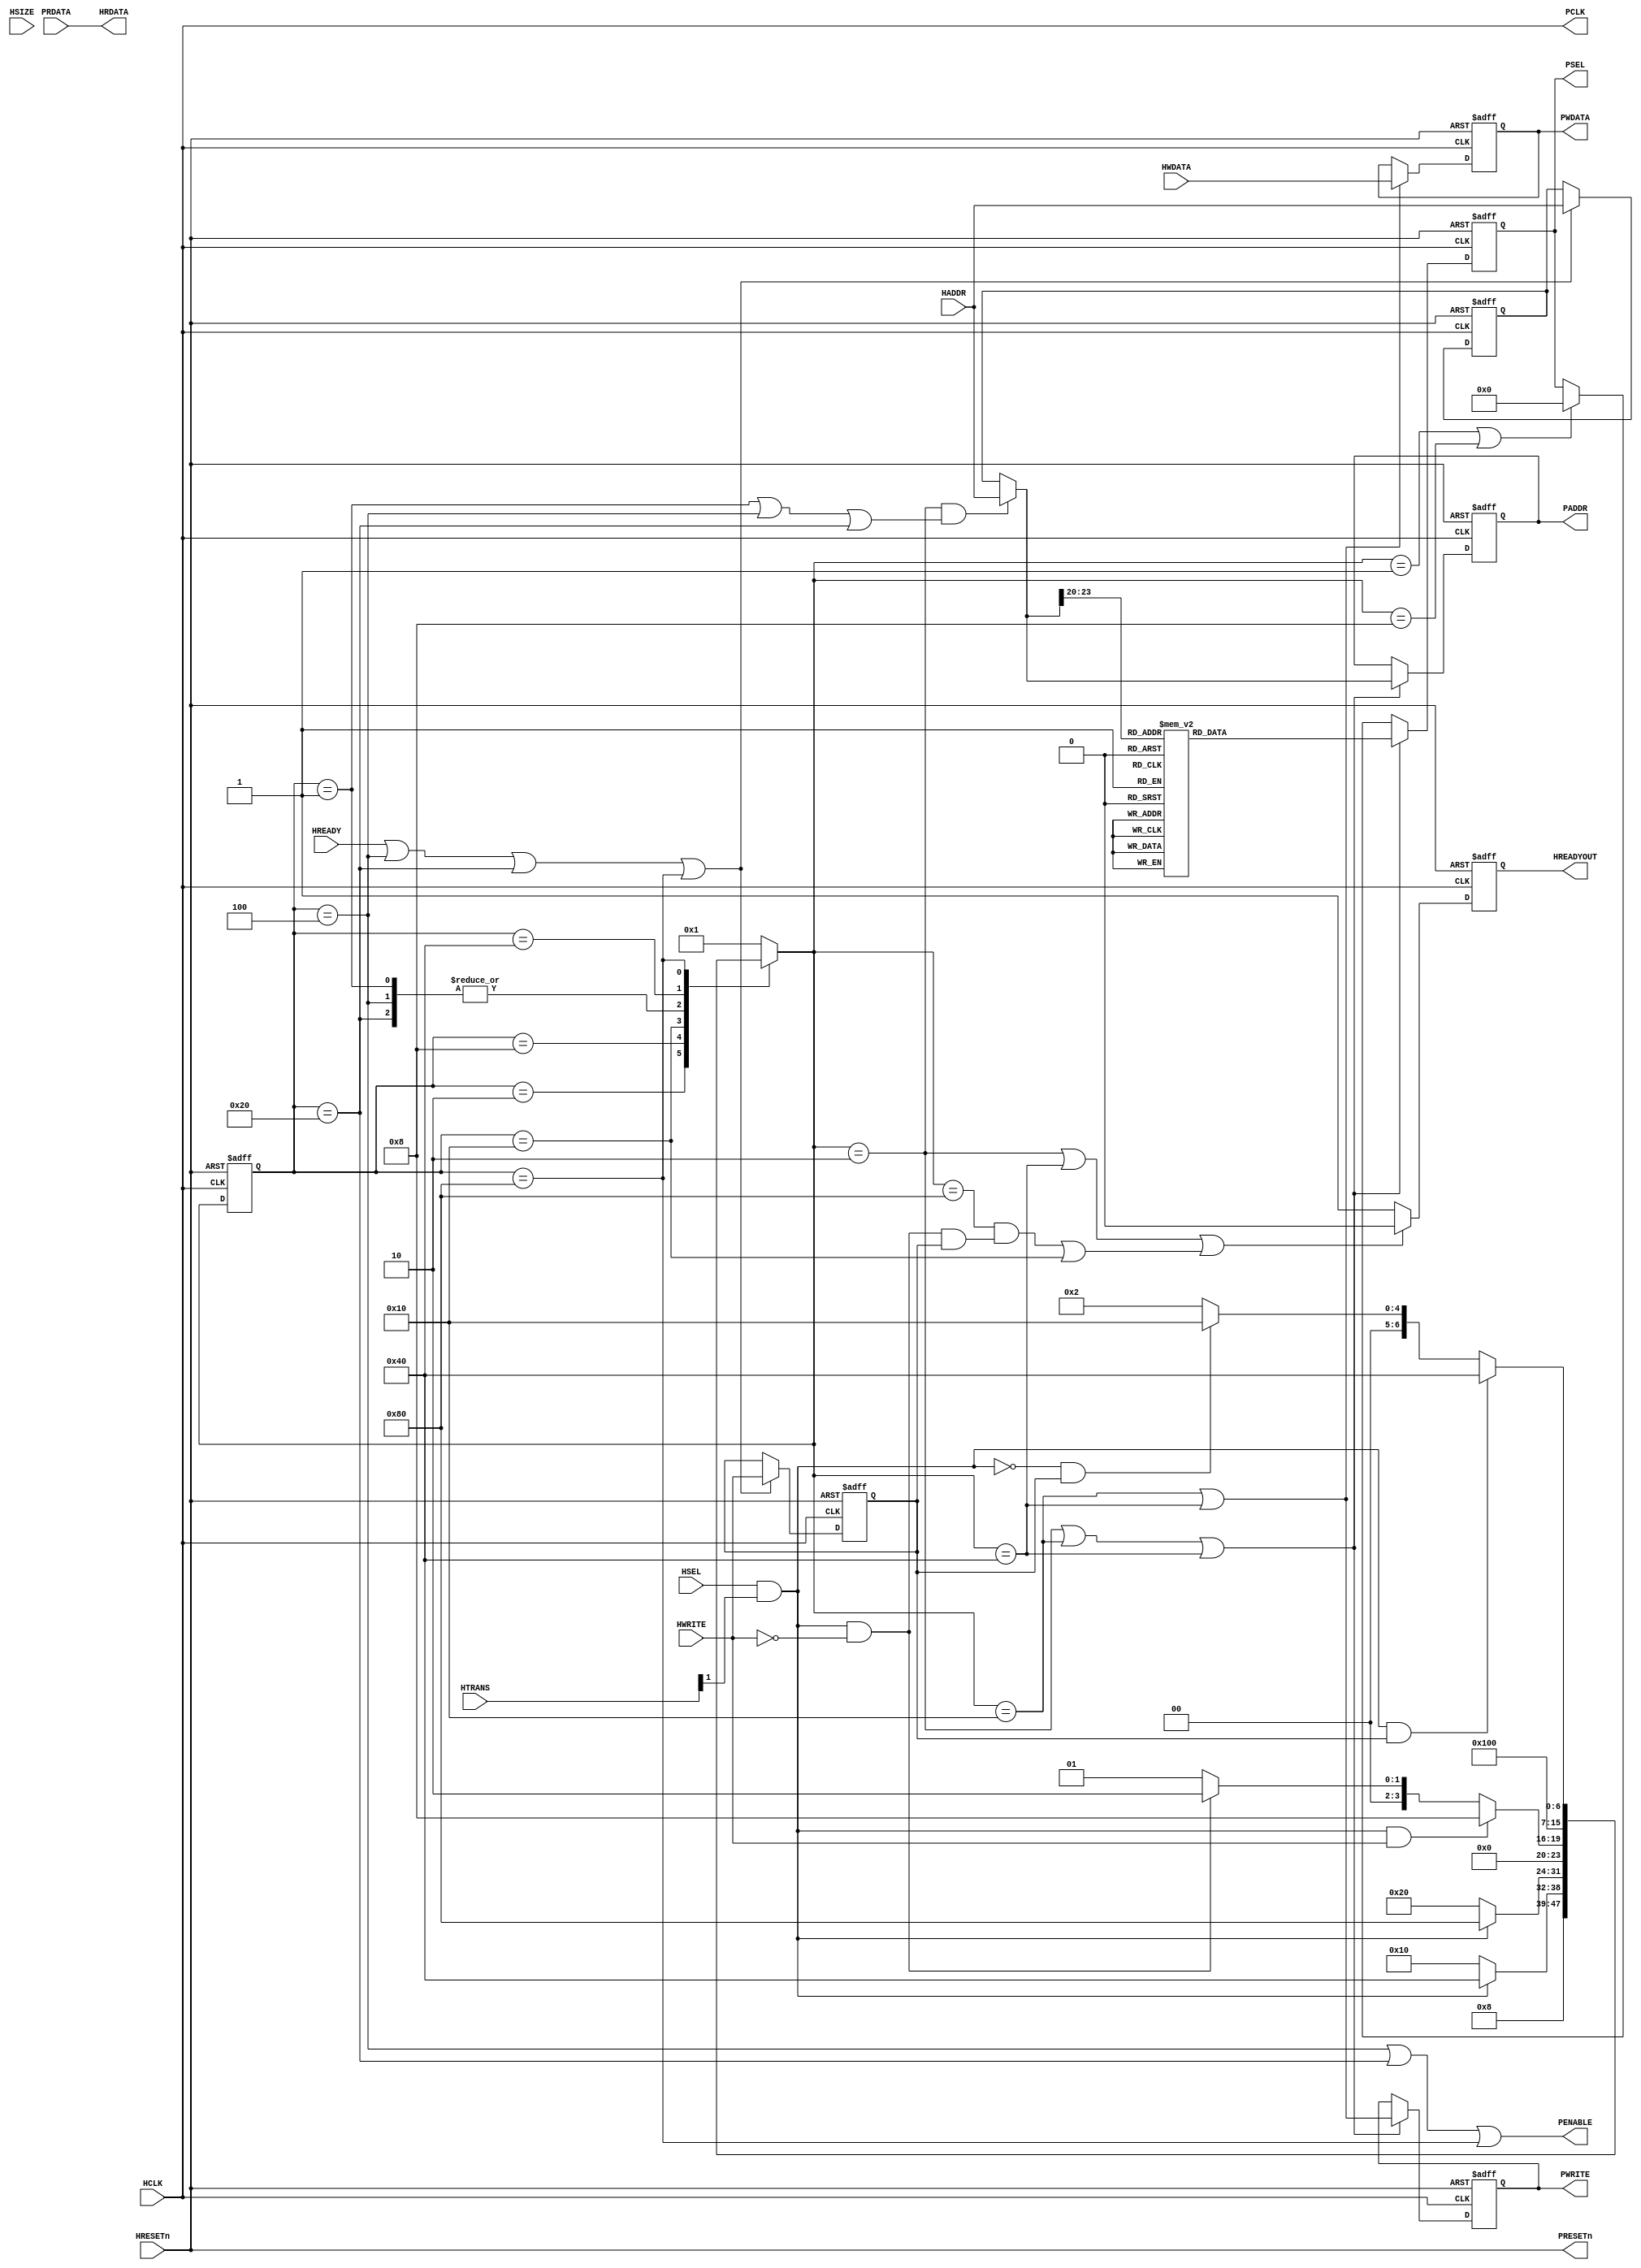
module AHB2APB
(
	input wire			 HSEL,
	input wire			 HCLK,
	input wire			 HRESETn,
	input wire			 HREADY,
	input wire			 HWRITE,
	input wire  [ 1:0]   HTRANS,
	input wire  [ 2:0]   HSIZE,
	input wire  [31:0] 	 HADDR,
	input wire  [31:0] 	 HWDATA,
	
	input wire  [31:0] 	 PRDATA,	

	output wire 		 HREADYOUT,
	output wire [31:0]   HRDATA,

	output wire [15:0]	 PSEL,
	output wire			 PCLK,
	output wire			 PRESETn,	
	output reg  [31:0]   PADDR,
	output reg  	 	 PWRITE,
	output reg  [31:0] 	 PWDATA,
	output wire			 PENABLE
);

assign	PCLK 	= HCLK;
assign	PRESETn = HRESETn;


//
parameter[7:0]		IDLE 		 = 8'b0000_0001;
parameter[7:0]		R_SETUP 	 = 8'b0000_0010;
parameter[7:0]		R_ENABLE 	 = 8'b0000_0100;
parameter[7:0]		W_WAIT 		 = 8'b0000_1000;
parameter[7:0]		W_SETUP 	 = 8'b0001_0000;
parameter[7:0]		W_ENABLE 	 = 8'b0010_0000;
parameter[7:0]		W_SETUP_SEQ  = 8'b0100_0000;
parameter[7:0]		W_ENABLE_SEQ = 8'b1000_0000;

reg[7:0]	current_state;
reg[7:0]	next_state;

wire		valid;
wire		ACRegEN;
wire[31:0]	HaddrMux;
wire		HreadyNext;
reg			HreadyReg;


assign	valid = HSEL & HTRANS[1];
assign	ACRegEN = HREADY || (current_state == R_ENABLE) || (current_state == W_ENABLE) || (current_state == W_ENABLE_SEQ);


//
reg			HwriteReg;
reg[31:0]	HaddrReg;

always@(posedge HCLK or negedge HRESETn)
begin
	if(!HRESETn)
		begin
			HwriteReg <= 1'b1;
			HaddrReg  <= 32'b0;
		end
	else if(ACRegEN)
		begin
			HwriteReg <= HWRITE;
			HaddrReg  <= HADDR;
		end
end

assign	HaddrMux = ((next_state == R_SETUP)&&(current_state == IDLE ||current_state == R_ENABLE|| current_state == W_ENABLE))?HADDR:HaddrReg;


//
always@(posedge HCLK or negedge HRESETn)
begin
	if(!HRESETn)
		current_state <= IDLE;
	else
		current_state <= next_state;
end

//
always@(*)
begin
	case(current_state)
		IDLE:
			begin
				if(valid & HWRITE)
					next_state <= W_WAIT;
				else if(valid & !HWRITE)
					next_state <= R_SETUP;
				else
					next_state <= IDLE;
			end
			
		R_SETUP:
			next_state <= R_ENABLE;
			
		R_ENABLE:
			begin
				if(valid & HWRITE)
					next_state <= W_WAIT;
				else if(valid & !HWRITE)
					next_state <= R_SETUP;
				else
					next_state <= IDLE;
			end
		W_WAIT:
			begin
				if(valid)
					next_state <= W_SETUP_SEQ;
				else
					next_state <= W_SETUP;
			end
			
		W_SETUP:
			begin
				if(valid)
					next_state <= W_ENABLE_SEQ;
				else
					next_state <= W_ENABLE;
			end
			
		W_ENABLE:
			begin
				if(valid & HWRITE)
					next_state <= W_WAIT;
				else if(valid & !HWRITE)
					next_state <= R_SETUP;
				else
					next_state <= IDLE;
			end
			
		W_SETUP_SEQ:
			next_state <= W_ENABLE_SEQ;
			
		W_ENABLE_SEQ:
			begin
				if(valid & HwriteReg)
					next_state <= W_SETUP_SEQ;
				else if(!valid & HwriteReg)
					next_state <= W_SETUP;
				else
					next_state <= R_SETUP;
			end
			
		default:next_state <= IDLE;
	endcase
end

//
assign	HRDATA = PRDATA;

//HREADYOUT
assign	HreadyNext = ((next_state == R_SETUP) || (next_state == W_SETUP_SEQ) || ((next_state == W_ENABLE_SEQ) && ((!HWRITE & valid) && (HwriteReg == 1'b1)) || (current_state == W_SETUP)))? 1'b0:1'b1;

always@(posedge HCLK or negedge HRESETn)
begin
	if(!HRESETn)
		HreadyReg <= 1'b1;
	else
		HreadyReg <= HreadyNext;
end

assign	HREADYOUT = HreadyReg;

//PADDR
always@(posedge HCLK or negedge HRESETn)
begin
	if(!HRESETn)
		PADDR <= 32'b0;
	else if((next_state == R_SETUP) || (next_state == W_SETUP) || (next_state == W_SETUP_SEQ))
		PADDR <= HaddrMux;
end

//PWRITE
always@(posedge HCLK or negedge HRESETn)
begin
	if(!HRESETn)
		PWRITE <= 1'b0;
	else if((next_state == R_SETUP) || (next_state == W_SETUP) || (next_state == W_SETUP_SEQ))
		PWRITE <= (next_state == W_SETUP || next_state == W_SETUP_SEQ);
end

//PENABLE
assign	PENABLE = (current_state == R_ENABLE) || (current_state == W_ENABLE) || (current_state == W_ENABLE_SEQ);

//PWDATA
always@(posedge HCLK or negedge HRESETn)
begin
	if(!HRESETn)
		PWDATA <= 32'b0;
	else if((next_state == W_SETUP) || (next_state == W_SETUP_SEQ))
		PWDATA <= HWDATA;
end


//APB
reg[15:0]		PSELint;
reg[15:0]		PSELMux;
reg[15:0]		PSELReg;

always@(*)
begin
	case(HaddrMux[23:20])
		4'b0000:PSELint = 16'b0000_0000_0000_0001;
		4'b0001:PSELint = 16'b0000_0000_0000_0010;
		4'b0010:PSELint = 16'b0000_0000_0000_0100;
		4'b0011:PSELint = 16'b0000_0000_0000_1000;
		4'b0100:PSELint = 16'b0000_0000_0001_0000;
		4'b0101:PSELint = 16'b0000_0000_0010_0000;
		4'b0110:PSELint = 16'b0000_0000_0100_0000;
		4'b0111:PSELint = 16'b0000_0000_1000_0000;
		4'b1000:PSELint = 16'b0000_0001_0000_0000;
		4'b1001:PSELint = 16'b0000_0010_0000_0000;
		4'b1010:PSELint = 16'b0000_0100_0000_0000;
		4'b1011:PSELint = 16'b0000_1000_0000_0000;
		4'b1100:PSELint = 16'b0001_0000_0000_0000;
		4'b1101:PSELint = 16'b0010_0000_0000_0000;
		4'b1110:PSELint = 16'b0100_0000_0000_0000;
		4'b1111:PSELint = 16'b1000_0000_0000_0000;
		default:PSELint = 16'b0;
	endcase
end

always@(*)
begin
	PSELMux = 16'b0;
	if(next_state == R_SETUP || next_state == W_SETUP|| next_state == W_SETUP_SEQ)
		PSELMux = PSELint;
	else if(next_state == IDLE || next_state == W_WAIT)
		PSELMux = 16'b0;
	else
		PSELMux = PSELReg;
end

//PSEL
always@(posedge HCLK or negedge HRESETn)
begin
	if(!HRESETn)
		PSELReg <= 16'b0;
	else
		PSELReg <= PSELMux;
end

assign	PSEL = PSELReg;

endmodule